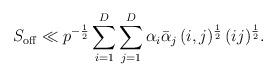
LaTeX: \begin{align*} S_{\mathrm{off}}\ll p^{-\frac{1}{2}} \sum_{i=1}^D\sum_{j=1}^D \alpha _i \bar{\alpha} _j \, (i,j)^{\frac{1}{2}} \,(ij)^{\frac{1}{2}}. \end{align*}